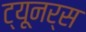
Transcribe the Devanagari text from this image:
ट्यूनर्स